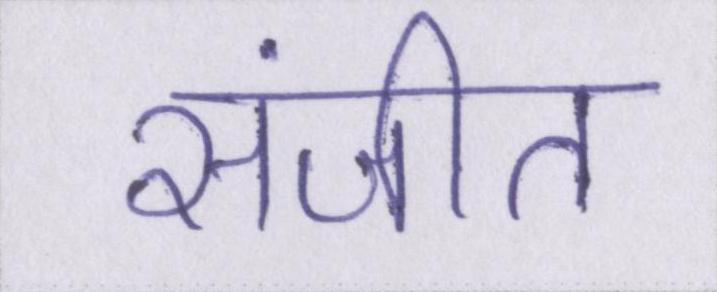
संजीत